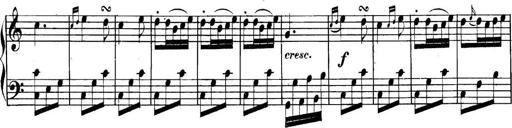
Title: Collected Piano Sonatas
Composer: Muzio Clementi